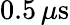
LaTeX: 0.5\, \mu\mathrm{s}